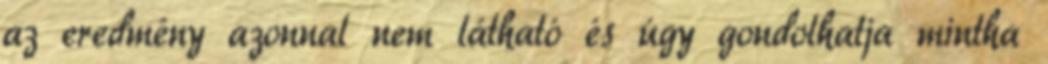
az eredmény azonnal nem látható és úgy gondolhatja mintha